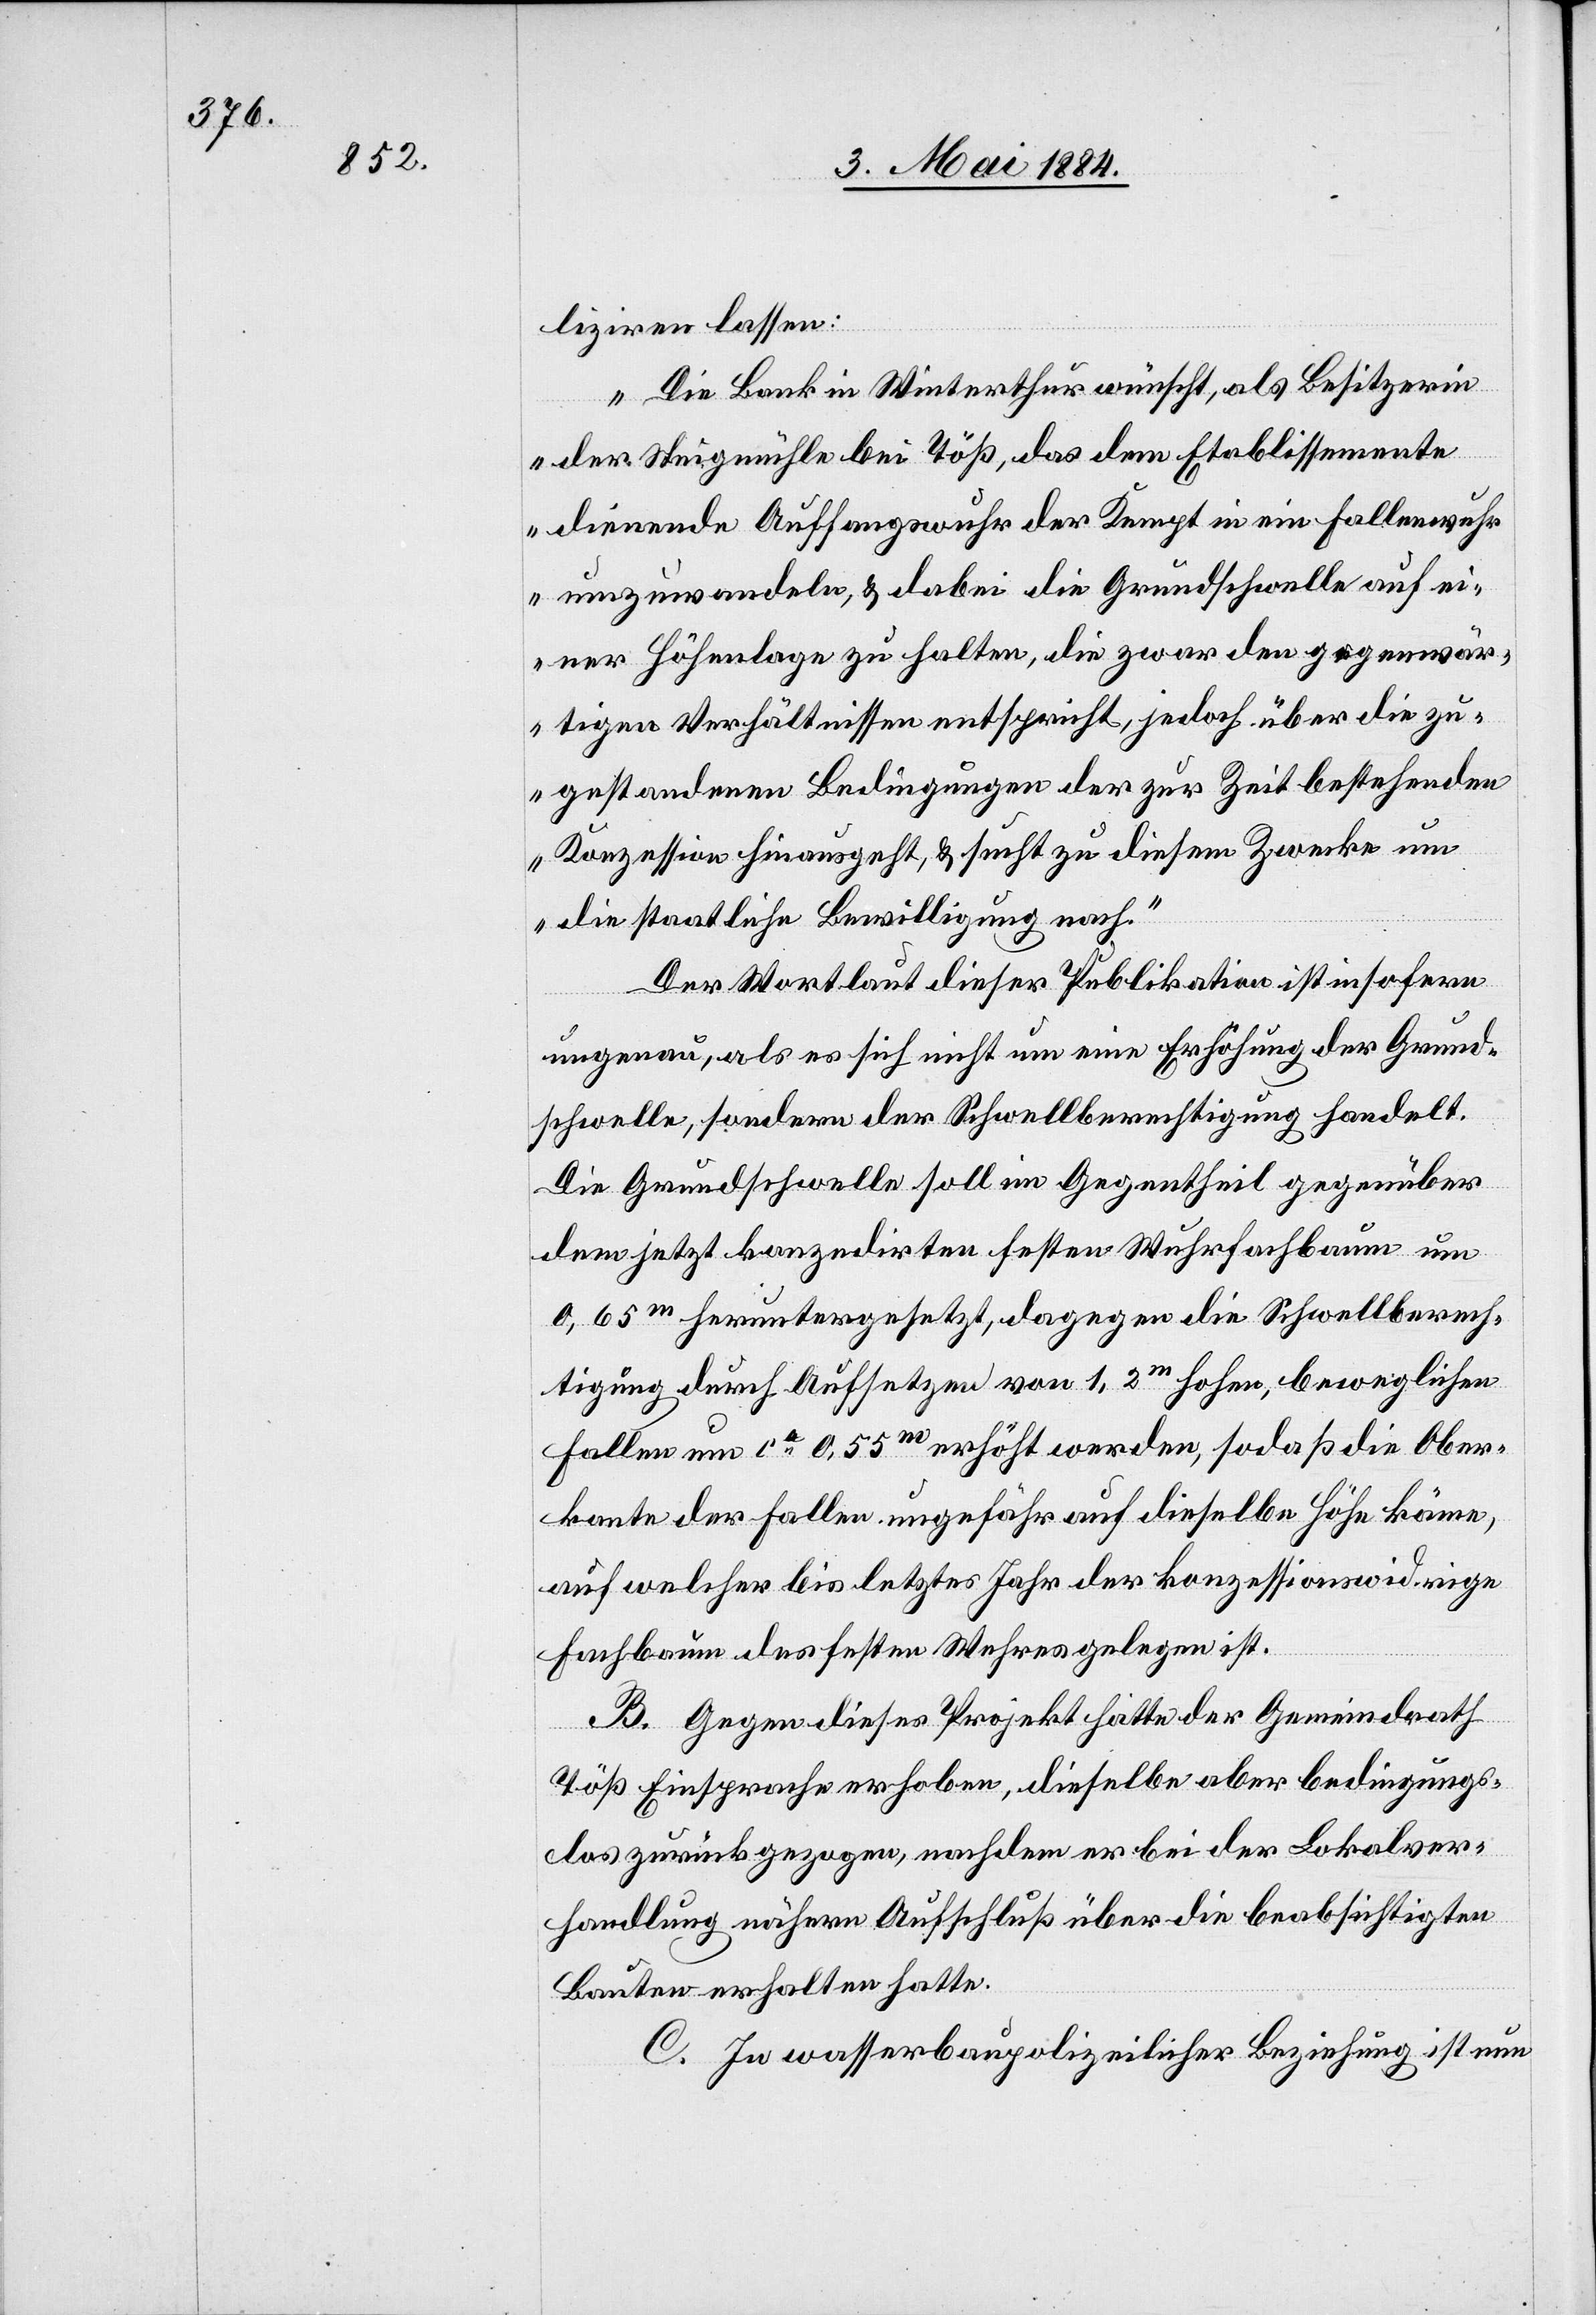
bliziren lassen:
„Die Bank in Winterthur wünscht, als Besitzerin
der Steigmühle bei Töß, das dem Etablissemente
dienende Auffangswuhr der Kempt in ein Fallenwuhr
umzuwandeln, & dabei die Grundschwelle auf ei¬
ner Höhenlage zu halten, die zwar den gegenwär¬
tigen Verhältnissen entspricht, jedoch über die g¬
estandenen Bedingungen der zur Zeit bestehenden
Konzession hinausgeht, & sucht zu diesem Zwecke um
die staatliche Bewilligung nach.
Der Wortlaut dieser Publikation ist insofern
ungenau, als es sich nicht um eine Erhöhung der Grund¬
schwelle, sondern der Schwellberechtigung handelt.
Die Grundschwelle soll im Gegentheil gegenüber
dem jetzt konzedirten festen Wuhrfachbaum um
0,65m heruntergesetzt, dagegen die Schwellberech¬
tigung durch Aufsetzen von 1,2m hohen, beweglichen
Fallen um ca 0,55m erhöht werden, sodaß die Ober¬
kante der Fallen ungefähr auf dieselbe Höhe käme,
auf welcher bis letztes Jahr der konzessionswidrige
Fachbaum des festen Wehres gelegen ist.
B. Gegen dieses Projekt hatte der Gemeindrath
Töß Einsprache erhoben, dieselbe aber bedingungs¬
los zurückgezogen, nachdem er bei der Lokalver¬
handlung nähern Aufschluß über die beabsichtigten
Bauten erhalten hatte.
C. In wasserbaupolizeilicher Beziehung ist nun